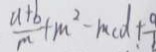
\frac { a + b } { m } + m ^ { 2 } - m c d + \frac { 9 } { b }